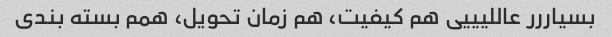
بسیاررر عاللیییی هم کیفیت، هم زمان تحویل، همم بسته بندی